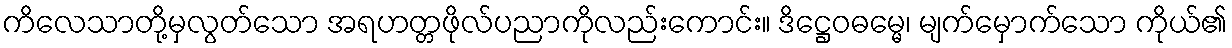
ကိလေသာတို့မှလွတ်သော အရဟတ္တဖိုလ်ပညာကိုလည်းကောင်း။ ဒိဋ္ဌေဝဓမ္မေ၊ မျက်မှောက်သော ကိုယ်၏